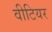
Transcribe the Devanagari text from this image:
वीटियर